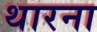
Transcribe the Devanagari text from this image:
थारना